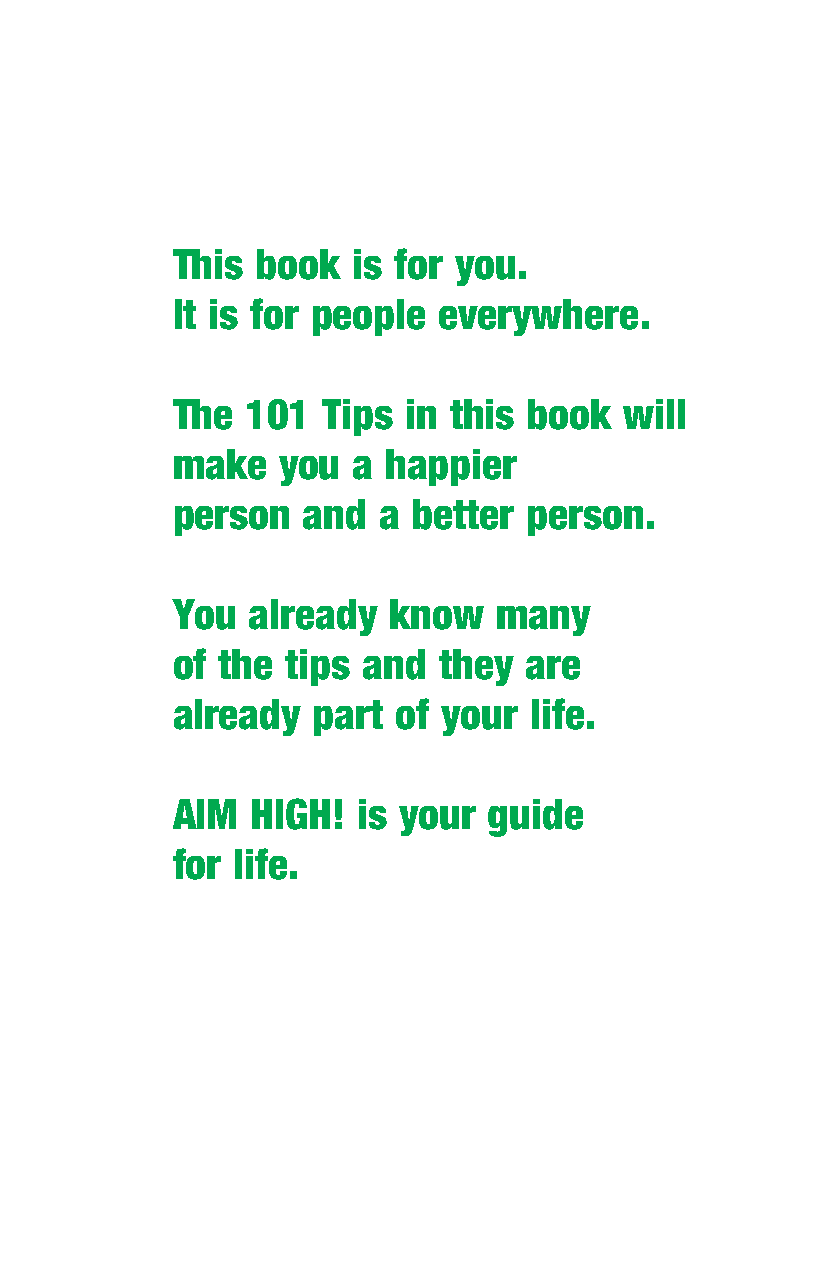
This  book  is for you.
 It is for people  everywhere.
 The  101  Tips  in this book  will
 make   you  a  happier
 person   and  a better  person.
 You  already   know   many
 of the  tips and  they  are
 already   part of your  life.
 AIM   HIGH!  is your guide
 for life.